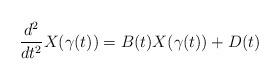
LaTeX: \begin{align*}\frac{d^2}{dt^2} X(\gamma(t)) = B(t) X(\gamma(t)) + D(t)\end{align*}